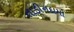
તાડીનદામો